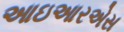
આઇઆરએસ